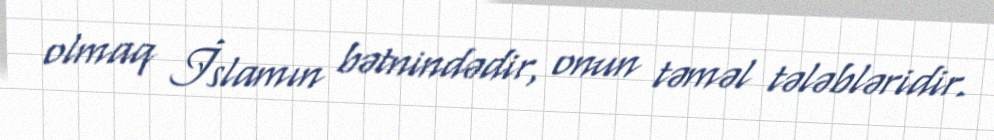
olmaq İslamın bətnindədir, onun təməl tələbləridir.